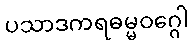
ပသာဒကရဓမ္မဝဂ္ဂေါ